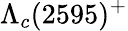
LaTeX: \Lambda_{c}(2595)^{+}